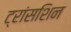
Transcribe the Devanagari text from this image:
ट्रांसशिन